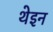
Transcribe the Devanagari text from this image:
थेइन